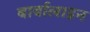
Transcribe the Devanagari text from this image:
बार्बालाइन